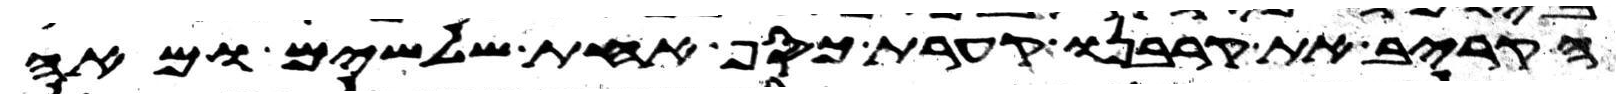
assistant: הקריב את קרבנו קערת כסף אחת שלשים ומאה